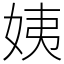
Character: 姨